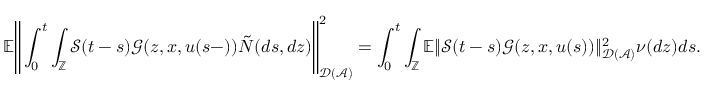
\mathbb { E } \Bigg \Vert \int _ { 0 } ^ { t } \int _ { \mathbb { Z } } \mathcal { S } ( t - s ) \mathcal { G } ( z , x , u ( s - ) ) \tilde { N } ( d s , d z ) \Bigg \Vert _ { \mathcal { D } ( \mathcal { A } ) } ^ { 2 } = \int _ { 0 } ^ { t } \int _ { \mathbb { Z } } \mathbb { E } \Vert \mathcal { S } ( t - s ) \mathcal { G } ( z , x , u ( s ) ) \Vert _ { \mathcal { D } ( \mathcal { A } ) } ^ { 2 } \nu ( d z ) d s .